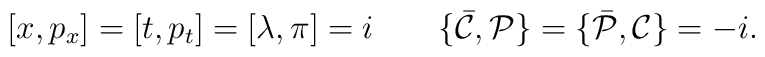
[x,p_x]=[t,p_t]= [\lambda,\pi]=i\qquad \{{\bar {\cal C}},{\cal P}\}=\{{\bar{\cal P}},{\cal C}\}=-i.